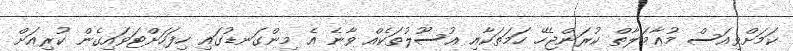
ކަމަށްވިއަސް މުޢާމަލާތް ކުރަންޖެހޭ ހަމަތަކާއި އުސޫލުތަކެއް ވާނެ އެ މިންގަނޑުގައި ހިފަހަށްޓަވައިގެން ކުރިއަށް